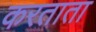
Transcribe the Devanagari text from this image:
करताता